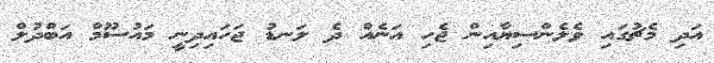
އަދި މެޗުގައި ވެލެންސިޔާއިން ޖެހި އަނެއް ދެ ލަނޑު ޖަހައިދިނީ މައުސޫމް އަބްދުލް